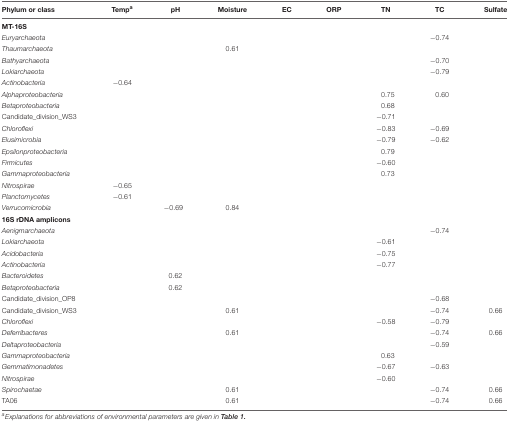
<table><thead><tr><td><b>Phylum or class</b></td><td><b>Temp<sup>a</sup></b></td><td><b>pH</b></td><td><b>Moisture</b></td><td><b>EC</b></td><td><b>ORP</b></td><td><b>TN</b></td><td><b>TC</b></td><td><b>Sulfate</b></td></tr></thead><tbody><tr><td><b>MT-16S</b></td><td></td><td></td><td></td><td></td><td></td><td></td><td></td><td></td></tr><tr><td><i>Euryarchaeota</i></td><td></td><td></td><td></td><td></td><td></td><td></td><td>–0.74</td><td></td></tr><tr><td><i>Thaumarchaeota</i></td><td></td><td></td><td>0.61</td><td></td><td></td><td></td><td></td><td></td></tr><tr><td><i>Bathyarchaeota</i></td><td></td><td></td><td></td><td></td><td></td><td></td><td>–0.70</td><td></td></tr><tr><td><i>Lokiarchaeota</i></td><td></td><td></td><td></td><td></td><td></td><td></td><td>–0.79</td><td></td></tr><tr><td><i>Actinobacteria</i></td><td>–0.64</td><td></td><td></td><td></td><td></td><td></td><td></td><td></td></tr><tr><td><i>Alphaproteobacteria</i></td><td></td><td></td><td></td><td></td><td></td><td>0.75</td><td>0.60</td><td></td></tr><tr><td><i>Betaproteobacteria</i></td><td></td><td></td><td></td><td></td><td></td><td>0.68</td><td></td><td></td></tr><tr><td>Candidate_division_WS3</td><td></td><td></td><td></td><td></td><td></td><td>–0.71</td><td></td><td></td></tr><tr><td><i>Chloroflexi</i></td><td></td><td></td><td></td><td></td><td></td><td>–0.83</td><td>–0.69</td><td></td></tr><tr><td><i>Elusimicrobia</i></td><td></td><td></td><td></td><td></td><td></td><td>–0.79</td><td>–0.62</td><td></td></tr><tr><td><i>Epsilonproteobacteria</i></td><td></td><td></td><td></td><td></td><td></td><td>0.79</td><td></td><td></td></tr><tr><td><i>Firmicutes</i></td><td></td><td></td><td></td><td></td><td></td><td>–0.60</td><td></td><td></td></tr><tr><td><i>Gammaproteobacteria</i></td><td></td><td></td><td></td><td></td><td></td><td>0.73</td><td></td><td></td></tr><tr><td><i>Nitrospirae</i></td><td>–0.65</td><td></td><td></td><td></td><td></td><td></td><td></td><td></td></tr><tr><td><i>Planctomycetes</i></td><td>–0.61</td><td></td><td></td><td></td><td></td><td></td><td></td><td></td></tr><tr><td><i>Verrucomicrobia</i></td><td></td><td>–0.69</td><td>0.84</td><td></td><td></td><td></td><td></td><td></td></tr><tr><td><b>16S rDNA amplicons</b></td><td></td><td></td><td></td><td></td><td></td><td></td><td></td><td></td></tr><tr><td><i>Aenigmarchaeota</i></td><td></td><td></td><td></td><td></td><td></td><td></td><td>–0.74</td><td></td></tr><tr><td><i>Lokiarchaeota</i></td><td></td><td></td><td></td><td></td><td></td><td>–0.61</td><td></td><td></td></tr><tr><td><i>Acidobacteria</i></td><td></td><td></td><td></td><td></td><td></td><td>–0.75</td><td></td><td></td></tr><tr><td><i>Actinobacteria</i></td><td></td><td></td><td></td><td></td><td></td><td>–0.77</td><td></td><td></td></tr><tr><td><i>Bacteroidetes</i></td><td></td><td>0.62</td><td></td><td></td><td></td><td></td><td></td><td></td></tr><tr><td><i>Betaproteobacteria</i></td><td></td><td>0.62</td><td></td><td></td><td></td><td></td><td></td><td></td></tr><tr><td>Candidate_division_OP8</td><td></td><td></td><td></td><td></td><td></td><td></td><td>–0.68</td><td></td></tr><tr><td>Candidate_division_WS3</td><td></td><td></td><td>0.61</td><td></td><td></td><td></td><td>–0.74</td><td>0.66</td></tr><tr><td><i>Chloroflexi</i></td><td></td><td></td><td></td><td></td><td></td><td>–0.58</td><td>–0.79</td><td></td></tr><tr><td><i>Deferribacteres</i></td><td></td><td></td><td>0.61</td><td></td><td></td><td></td><td>–0.74</td><td>0.66</td></tr><tr><td><i>Deltaproteobacteria</i></td><td></td><td></td><td></td><td></td><td></td><td></td><td>–0.59</td><td></td></tr><tr><td><i>Gammaproteobacteria</i></td><td></td><td></td><td></td><td></td><td></td><td>0.63</td><td></td><td></td></tr><tr><td><i>Gemmatimonadetes</i></td><td></td><td></td><td></td><td></td><td></td><td>–0.67</td><td>–0.63</td><td></td></tr><tr><td><i>Nitrospirae</i></td><td></td><td></td><td></td><td></td><td></td><td>–0.60</td><td></td><td></td></tr><tr><td><i>Spirochaetae</i></td><td></td><td></td><td>0.61</td><td></td><td></td><td></td><td>–0.74</td><td>0.66</td></tr><tr><td>TA06</td><td></td><td></td><td>0.61</td><td></td><td></td><td></td><td>–0.74</td><td>0.66</td></tr></tbody></table>